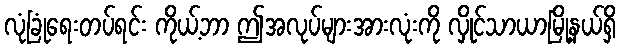
လုံခြုံရေးတပ်ရင်း ကိုယ့်ဘာ ဤအလုပ်များအားလုံးကို လှိုင်သာယာမြို့နယ်ရှိ